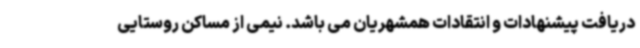
دریافت پیشنهادات و انتقادات همشهریان می باشد. نیمی از مساکن روستایی